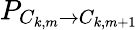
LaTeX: P_{C_{k,m}\rightarrow C_{k,m+1}}